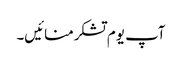
آپ یوم تشکرمنائیں۔